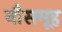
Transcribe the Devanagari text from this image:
नौसमूह